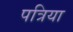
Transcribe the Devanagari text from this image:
पत्रिया